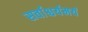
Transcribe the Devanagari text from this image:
सर्वाश्चर्यमयं